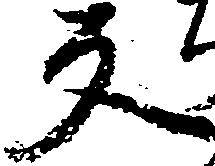
反